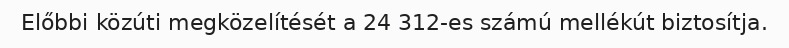
Előbbi közúti megközelítését a 24 312-es számú mellékút biztosítja.